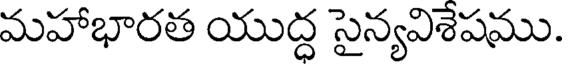
మహాభారత యుద్ధ సైన్యవిశేషము.